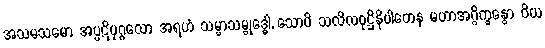
အသမသမော အပ္ပဋိပုဂ္ဂလော အရဟံ သမ္မာသမ္ဗုဒ္ဓေါ, သောပိ သလိလဝုဋ္ဌိနိပါတေန မဟာအဂ္ဂိက္ခန္ဓော ဝိယ